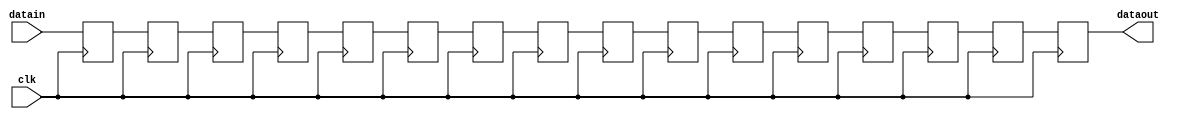
module delay16x16 (datain, dataout, clk);
    input[16 - 1:0] datain; 
    output[16 - 1:0] dataout; 
    wire[16 - 1:0] dataout;
    input clk; 
    reg[16 - 1:0] buff0; 
    reg[16 - 1:0] buff1; 
    reg[16 - 1:0] buff2; 
    reg[16 - 1:0] buff3; 
    reg[16 - 1:0] buff4; 
    reg[16 - 1:0] buff5; 
    reg[16 - 1:0] buff6; 
    reg[16 - 1:0] buff7; 
    reg[16 - 1:0] buff8; 
    reg[16 - 1:0] buff9; 
    reg[16 - 1:0] buff10; 
    reg[16 - 1:0] buff11; 
    reg[16 - 1:0] buff12; 
    reg[16 - 1:0] buff13; 
    reg[16 - 1:0] buff14; 
    reg[16 - 1:0] buff15; 
    assign dataout = buff15 ;
    always @(posedge clk)
    begin
       buff0 <= datain ; 
		buff1 <= buff0;
		buff2 <= buff1;
		buff3 <= buff2;
		buff4 <= buff3;
		buff5 <= buff4;
		buff6 <= buff5;
		buff7 <= buff6;
		buff8 <= buff7;
		buff9 <= buff8;
		buff10 <= buff9;
		buff11 <= buff10;
		buff12 <= buff11;
		buff13 <= buff12;
		buff14 <= buff13;
		buff15 <= buff14;
    end 
 endmodule